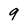
Character: 9